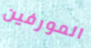
المورفين